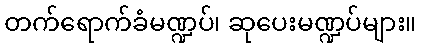
တက်ရောက်ခံမဏ္ဍပ်၊ ဆုပေးမဏ္ဍပ်များ။